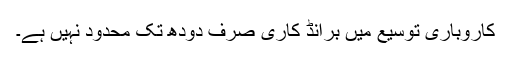
کاروباری توسیع میں برانڈ کاری صرف دودھ تک محدود نہیں ہے۔